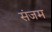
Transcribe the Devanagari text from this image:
संजम